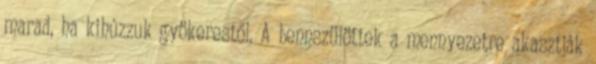
marad, ha kihúzzuk gyökerestől. A bennszülöttek a mennyezetre akasztják